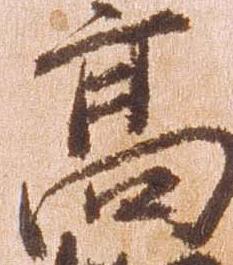
高